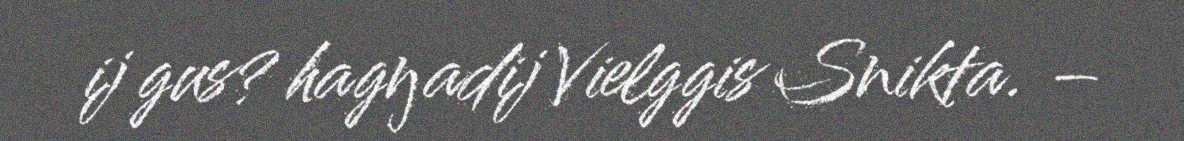
ij gus? hagŋadij Vielggis Snikta. –